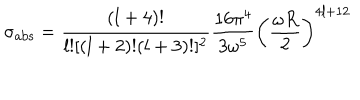
\sigma _ { \mathrm { a b s } } = \frac { ( l + 4 ) ! } { l ! [ ( l + 2 ) ! ( l + 3 ) ! ] ^ { 2 } } \frac { 1 6 \pi ^ { 4 } } { 3 \omega ^ { 5 } } \left( \frac { \omega R } { 2 } \right) ^ { 4 l + 1 2 }